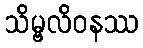
သိမ္ဗလိဝနဿ